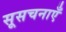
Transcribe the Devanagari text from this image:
सूसचनाएँ